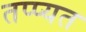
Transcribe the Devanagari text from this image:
तप्प्यत